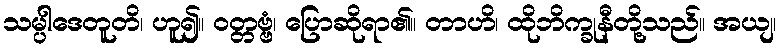
သမ္ပါဒေတူတိ၊ ဟူ၍။ ဝတ္တဗ္ဗံ၊ ပြောဆိုရာ၏။ တာဟိ၊ ထိုဘိက္ခုနီတို့သည်။ အယျ၊